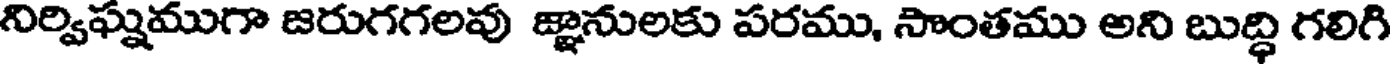
నిర్విఘ్నముగా జరుగగలవు జ్ఞానులకు పరము, సొంతము అని బుద్ధి గలిగి